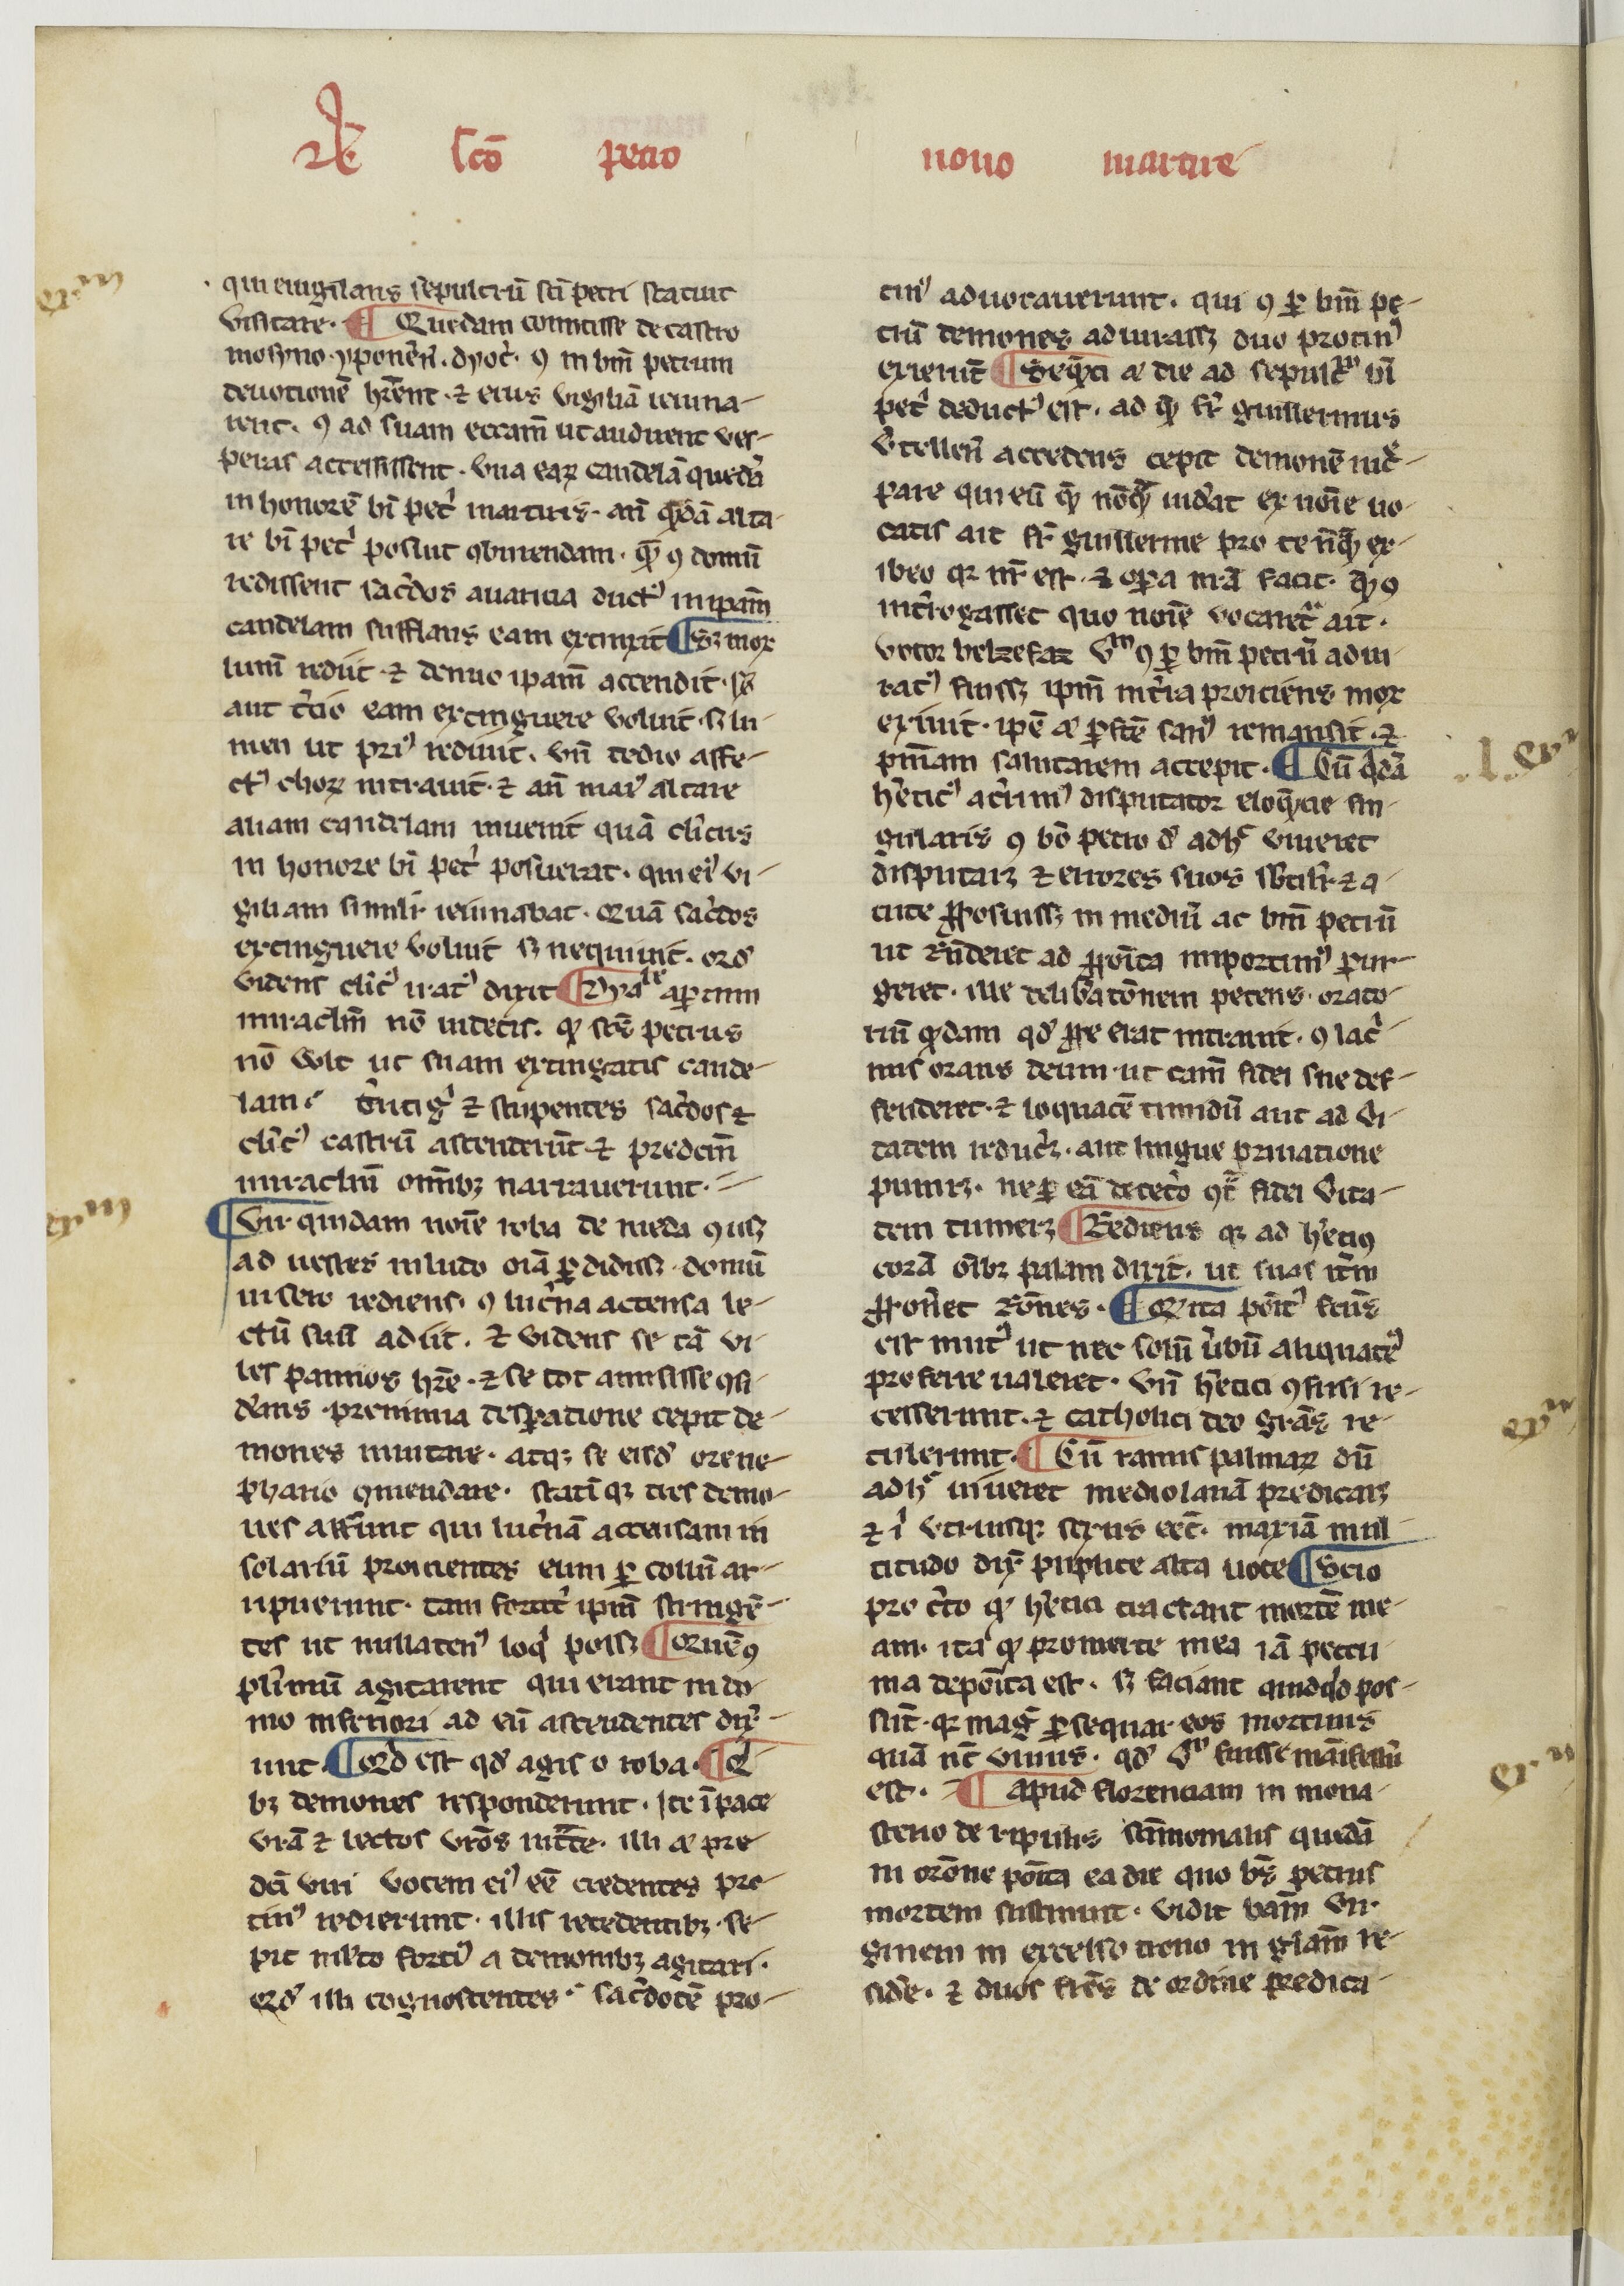
Shelfmark: Paris, BnF, NAL 775
Century: 14